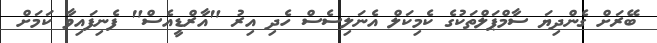
ބޭރަށް ގެންދިޔަ ސާމްޕަލްތަކުގެ ކެމިކަލް އެނަލިސެސް ހެދި އިރު "އާރްޑީއެސް" ފެނިފައިވާ ކަމަށް